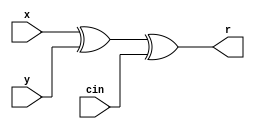
module falogic( 
 output r, 
 input x, 
 input y, 
 input cin 
 ); 
xor cx1 ( t1, x,y ); 
xor cx2 ( r, t1, cin ); 
endmodule